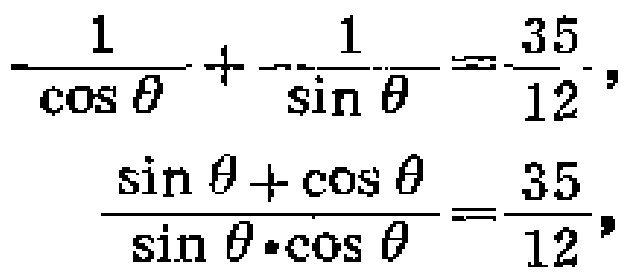
\[\frac{1}{\cos\theta}+\frac{1}{\sin\theta}=\frac{35}{12},\]

\[\frac{\sin\theta+\cos\theta}{\sin\theta\cdot\cos\theta}=\frac{35}{12},\]